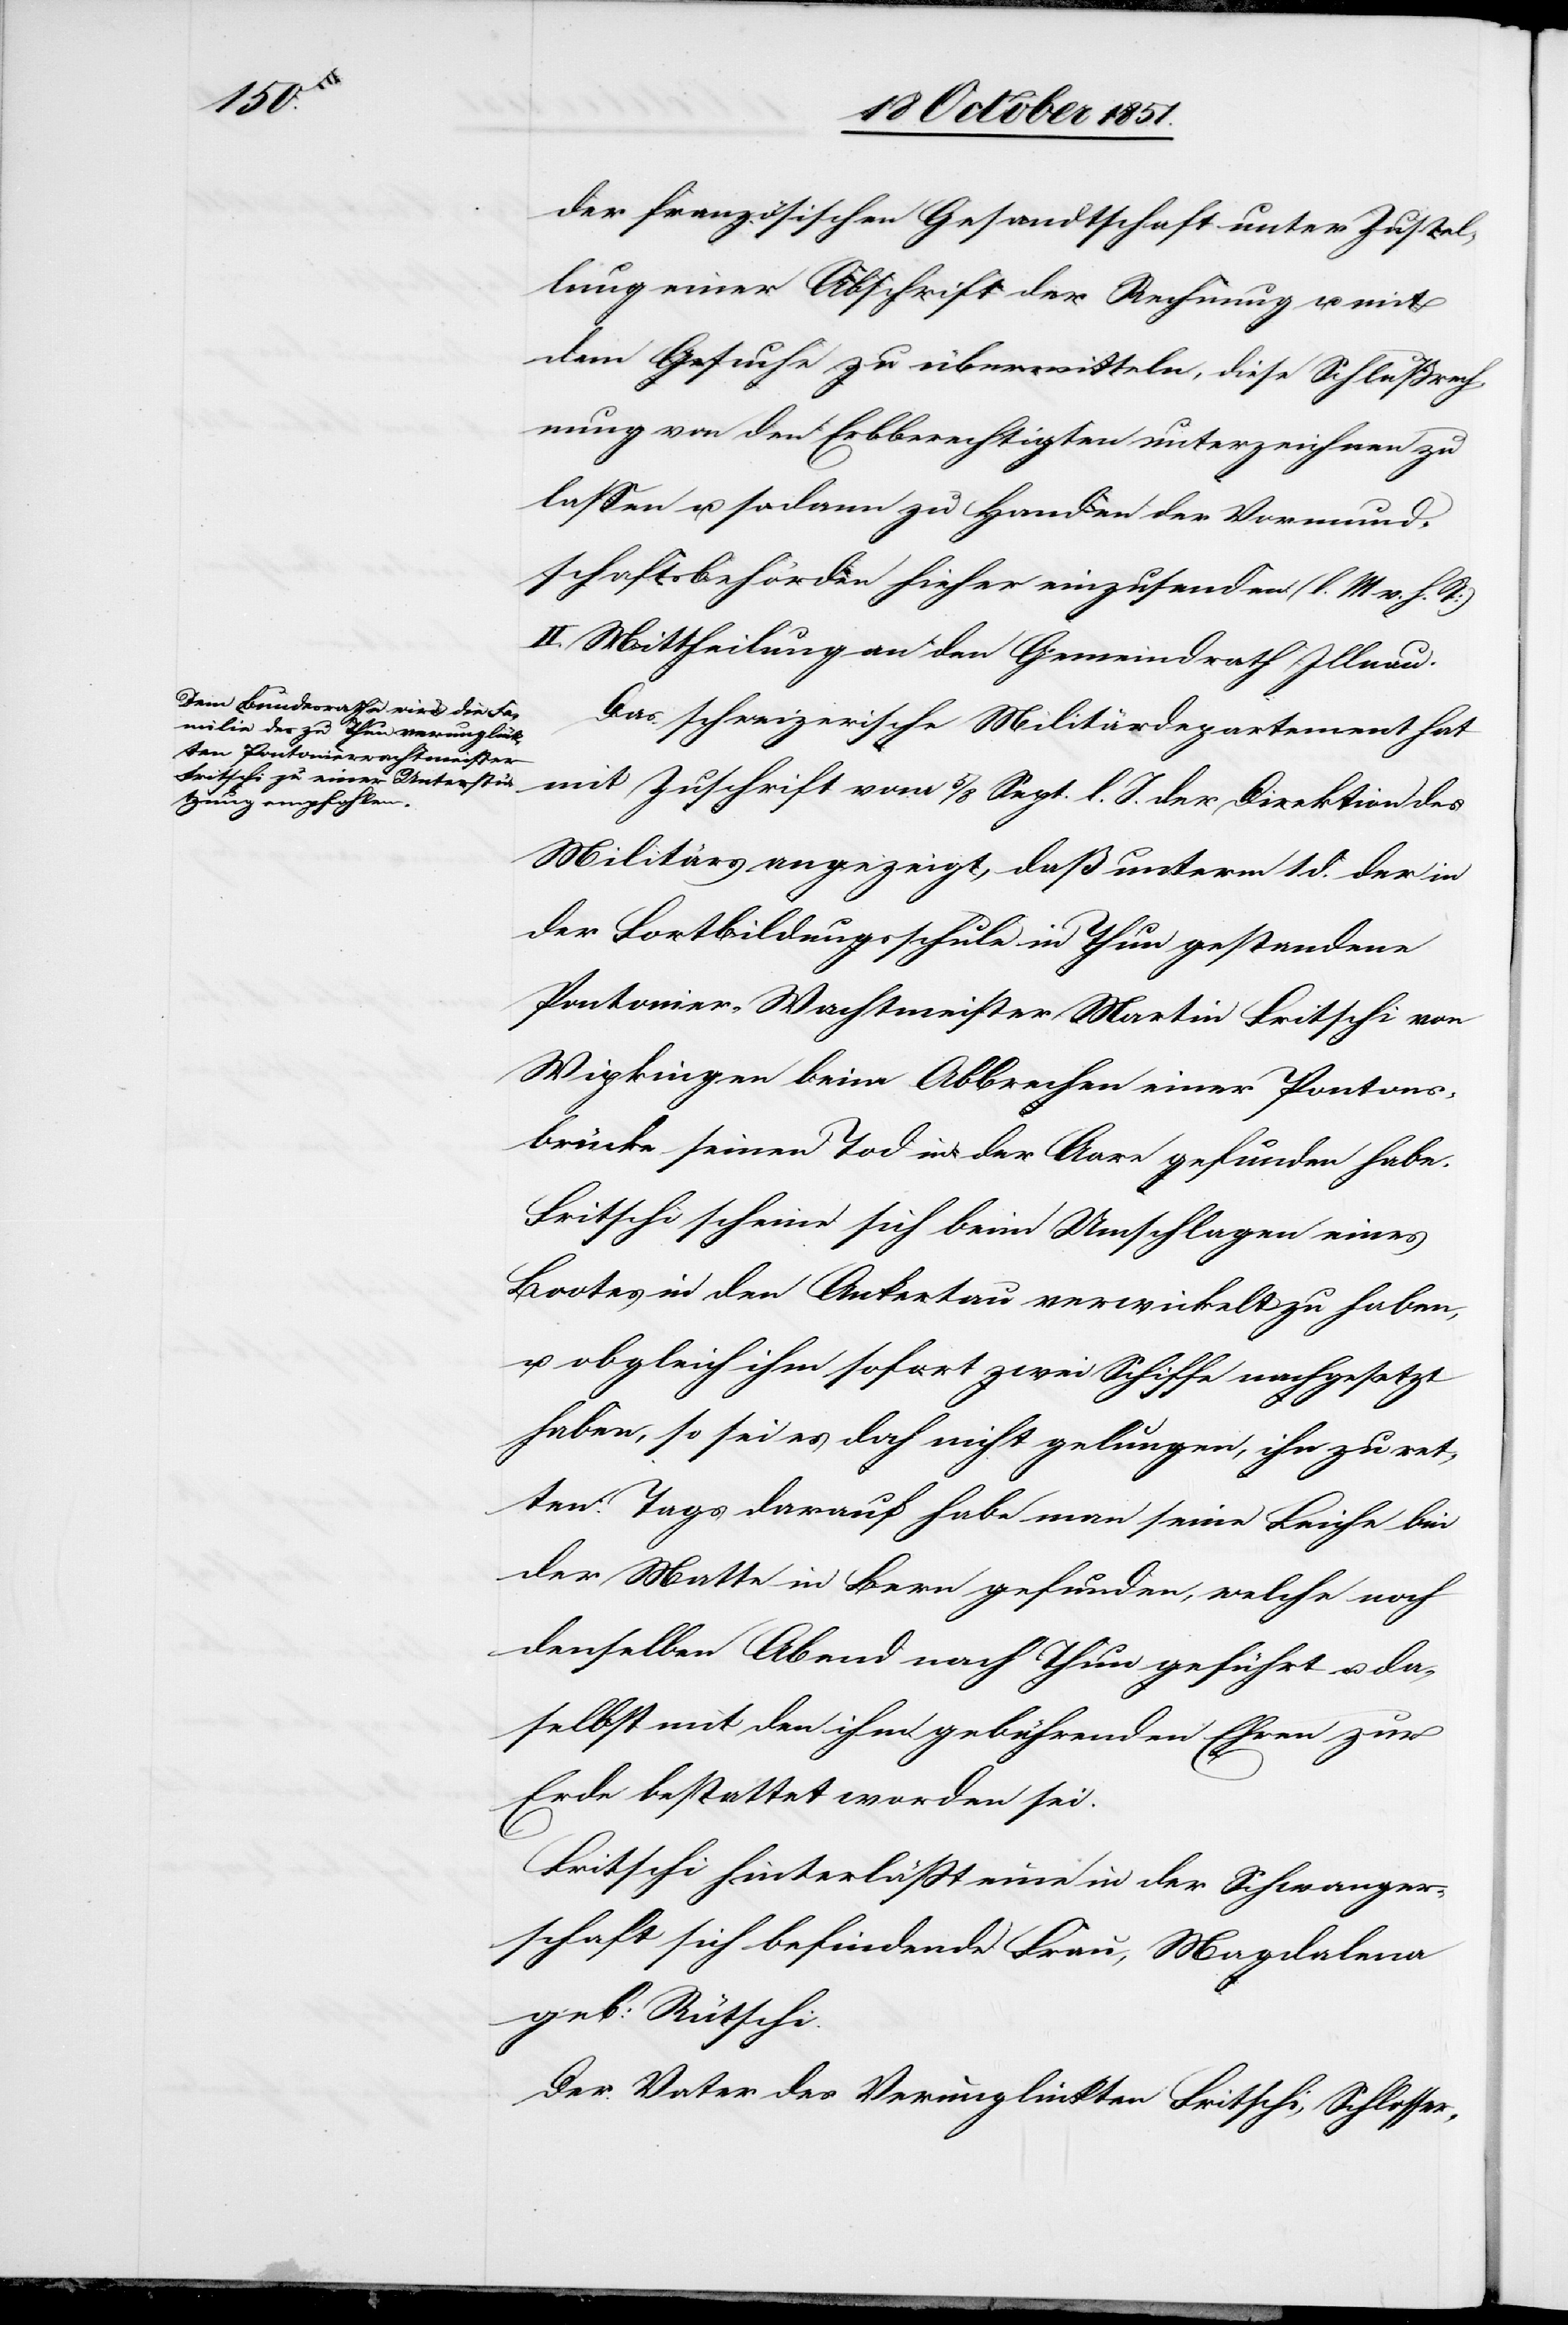
der französischen Gesandtschaft unter Zustel¬
lung einer Abschrift der Rechnung u. mit
dem Gesuche zu übermitteln, diese Schlußrech¬
nung von den Erbberechtigten unterzeichnen zu
lassen u. sodann zu Handen der Vormund¬
schaftsbehörden hieher einzusenden (l. M. v. h. T:)
II. Mittheilung an den Gemeindrath Illnau.
Das schweizerische Militärdepartement hat
mit Zuschrift vom 5 / 8 Sept. l. J. der Direktion des
Militärs angezeigt, daß unterm 1 d. der in
der Fortbildungsschule in Thun gestandene
Pontonier-Wachtmeister Martin Fritschi von
Wipkingen beim Abbrechen einer Pontons¬
brücke seinen Tod in der Aare gefunden habe.
Fritschi scheine sich beim Umschlagen eines
Bootes in den Ankertau verwickelt zu haben,
u. obgleich ihm sofort zwei Schiffe nachgesetzt
haben, so sei es doch nicht gelungen, ihn zu ret¬
ten. Tags darauf habe man seine Leiche bei
der Matte in Bern gefunden, welche noch
denselben Abend nach Thun geführt u. da¬
selbst mit den ihm gebührenden Ehren zur
Erde bestattet worden sei.
Fritschi hinterläßt eine in der Schwanger¬
schaft sich befindende Frau, Magdalena
geb: Rütschi.
Der Vater des Verunglückten Fritschi, Schlosser-